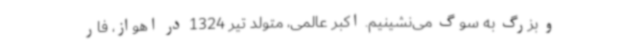
و بزرگ به سوگ می‌نشینیم. اکبر عالمی، متولد تیر 1324 در اهواز، فار